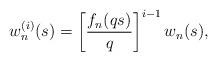
LaTeX: \begin{align*} w_n^{(i)}(s)=\left[{{\frac{f_n(qs)} {q}}} \right]^{i-1}w_n(s),\end{align*}